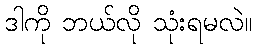
ဒါကို ဘယ်လို သုံးရမလဲ။